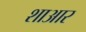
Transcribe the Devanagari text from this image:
शाआर